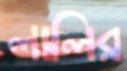
লালির